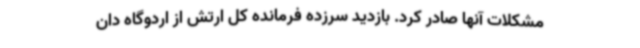
مشکلات آنها صادر کرد. بازدید سرزده فرمانده کل ارتش از اردوگاه دان